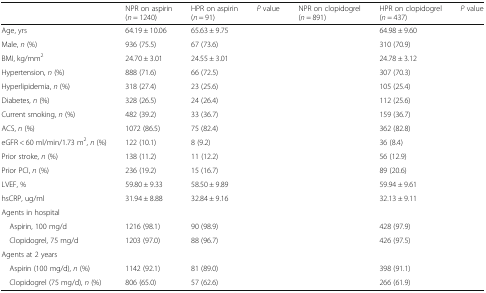
<table><thead><tr><td>[EMPTY_CELL]</td><td><b>NPR on aspirin (<i>n</i> = 1240)</b></td><td><b>HPR on aspirin (<i>n</i> = 91)</b></td><td><b><i>P</i> value</b></td><td><b>NPR on clopidogrel (<i>n</i> = 891)</b></td><td><b>HPR on clopidogrel (<i>n</i> = 437)</b></td><td><b><i>P</i> value</b></td></tr></thead><tbody><tr><td>Age, yrs</td><td>64.19 ± 10.06</td><td>65.63 ± 9.75</td><td>[EMPTY_CELL]</td><td>[EMPTY_CELL]</td><td>64.98 ± 9.60</td><td>[EMPTY_CELL]</td></tr><tr><td>Male, <i>n</i> (%)</td><td>936 (75.5)</td><td>67 (73.6)</td><td>[EMPTY_CELL]</td><td>[EMPTY_CELL]</td><td>310 (70.9)</td><td>[EMPTY_CELL]</td></tr><tr><td>BMI, kg/mm<sup>2</sup></td><td>24.70 ± 3.01</td><td>24.55 ± 3.01</td><td>[EMPTY_CELL]</td><td>[EMPTY_CELL]</td><td>24.78 ± 3.12</td><td>[EMPTY_CELL]</td></tr><tr><td>Hypertension, <i>n</i> (%)</td><td>888 (71.6)</td><td>66 (72.5)</td><td>[EMPTY_CELL]</td><td>[EMPTY_CELL]</td><td>307 (70.3)</td><td>[EMPTY_CELL]</td></tr><tr><td>Hyperlipidemia, <i>n</i> (%)</td><td>318 (27.4)</td><td>23 (25.6)</td><td>[EMPTY_CELL]</td><td>[EMPTY_CELL]</td><td>105 (25.4)</td><td>[EMPTY_CELL]</td></tr><tr><td>Diabetes, <i>n</i> (%)</td><td>328 (26.5)</td><td>24 (26.4)</td><td>[EMPTY_CELL]</td><td>[EMPTY_CELL]</td><td>112 (25.6)</td><td>[EMPTY_CELL]</td></tr><tr><td>Current smoking, <i>n</i> (%)</td><td>482 (39.2)</td><td>33 (36.7)</td><td>[EMPTY_CELL]</td><td>[EMPTY_CELL]</td><td>159 (36.7)</td><td>[EMPTY_CELL]</td></tr><tr><td>ACS, <i>n</i> (%)</td><td>1072 (86.5)</td><td>75 (82.4)</td><td>[EMPTY_CELL]</td><td>[EMPTY_CELL]</td><td>362 (82.8)</td><td>[EMPTY_CELL]</td></tr><tr><td>eGFR &lt; 60 ml/min/1.73 m<sup>2</sup>, <i>n</i> (%)</td><td>122 (10.1)</td><td>8 (9.2)</td><td>[EMPTY_CELL]</td><td>[EMPTY_CELL]</td><td>36 (8.4)</td><td>[EMPTY_CELL]</td></tr><tr><td>Prior stroke, <i>n</i> (%)</td><td>138 (11.2)</td><td>11 (12.2)</td><td>[EMPTY_CELL]</td><td>[EMPTY_CELL]</td><td>56 (12.9)</td><td>[EMPTY_CELL]</td></tr><tr><td>Prior PCI, <i>n</i> (%)</td><td>236 (19.2)</td><td>15 (16.7)</td><td>[EMPTY_CELL]</td><td>[EMPTY_CELL]</td><td>89 (20.6)</td><td>[EMPTY_CELL]</td></tr><tr><td>LVEF, %</td><td>59.80 ± 9.33</td><td>58.50 ± 9.89</td><td>[EMPTY_CELL]</td><td>[EMPTY_CELL]</td><td>59.94 ± 9.61</td><td>[EMPTY_CELL]</td></tr><tr><td>hsCRP, ug/ml</td><td>31.94 ± 8.88</td><td>32.84 ± 9.16</td><td>[EMPTY_CELL]</td><td>[EMPTY_CELL]</td><td>32.13 ± 9.11</td><td>[EMPTY_CELL]</td></tr><tr><td colspan="7">Agents in hospital</td></tr><tr><td> Aspirin, 100 mg/d</td><td>1216 (98.1)</td><td>90 (98.9)</td><td>[EMPTY_CELL]</td><td>[EMPTY_CELL]</td><td>428 (97.9)</td><td>[EMPTY_CELL]</td></tr><tr><td> Clopidogrel, 75 mg/d</td><td>1203 (97.0)</td><td>88 (96.7)</td><td>[EMPTY_CELL]</td><td>[EMPTY_CELL]</td><td>426 (97.5)</td><td>[EMPTY_CELL]</td></tr><tr><td colspan="7">Agents at 2 years</td></tr><tr><td> Aspirin (100 mg/d), <i>n</i> (%)</td><td>1142 (92.1)</td><td>81 (89.0)</td><td>[EMPTY_CELL]</td><td>[EMPTY_CELL]</td><td>398 (91.1)</td><td>[EMPTY_CELL]</td></tr><tr><td> Clopidogrel (75 mg/d), <i>n</i> (%)</td><td>806 (65.0)</td><td>57 (62.6)</td><td>[EMPTY_CELL]</td><td>[EMPTY_CELL]</td><td>266 (61.9)</td><td>[EMPTY_CELL]</td></tr></tbody></table>